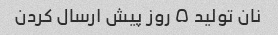
نان تولید ۵ روز پیش ارسال کردن